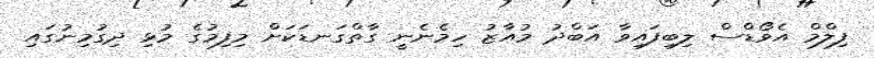
ފިލްމް އެވޯޑްސް ލިބިފައިވާ އަބްދު މުއާޒު ހިމެނެނީ ގާތްގަނޑަކަށް މިފިމުގެ މުޅި ދިގުމިނުގައި